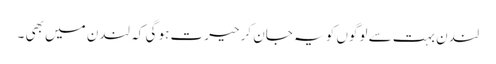
لندن بہت سے لوگوں کو یہ جان کر حیرت ہو گی کہ لندن میں بھی ۔